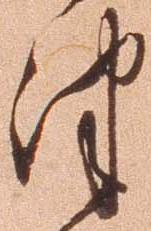
津